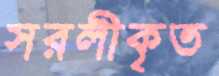
সরলীকৃত